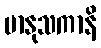
မာနုသကာနိ